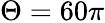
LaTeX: \Theta=60\pi